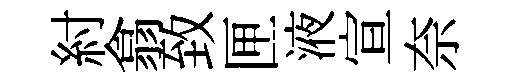
紂翕致匣液宣奈